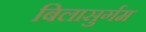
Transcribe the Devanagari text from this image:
बिलासुर्गम